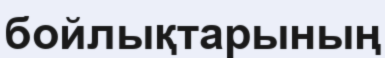
бойлықтарының